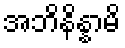
အဘိနိန္နာမိ